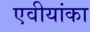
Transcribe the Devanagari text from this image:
एवीयांका